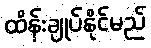
ထိန်းချုပ်နိုင်မည်